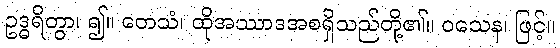
ဥဒ္ဓရိတွာ၊ ၍။ တေသံ၊ ထိုအဿာဒအစရှိသည်တို့၏။ ဝသေန၊ ဖြင့်။